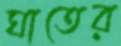
ঘাতের